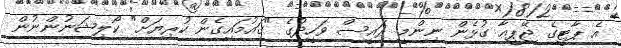
އެ ޕާޓީގެ ޖޭޕީއާ ގުޅެން ނިންމީ ރައީސް ވަހީދުގެ "ގައުމައިގެން ކުރިޔަށް" ކޯލިޝަނުންނުން